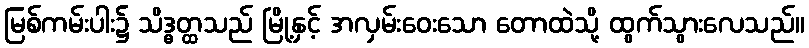
မြစ်ကမ်းပါး၌ သိဒ္ဓတ္ထသည် မြို့နှင့် အလှမ်းဝေးသော တောထဲသို့ ထွက်သွားလေသည်။